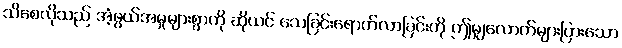
သိစေလိုသည် အံ့ဖွယ်အမှုများစွာကို ဆိုယင် သေခြင်းရောက်လာခြင်းကို ဤမျှလောက်များပြားသော